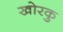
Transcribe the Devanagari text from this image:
खोरकु